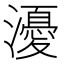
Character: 瀀